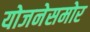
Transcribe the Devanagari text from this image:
योजनेसमोर